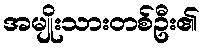
အမျိုးသားတစ်ဦး၏